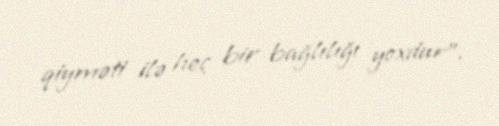
qiyməti ilə heç bir bağlılığı yoxdur”.